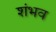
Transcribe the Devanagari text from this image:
शंभव